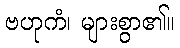
ဗဟုကံ၊ များစွာ၏။